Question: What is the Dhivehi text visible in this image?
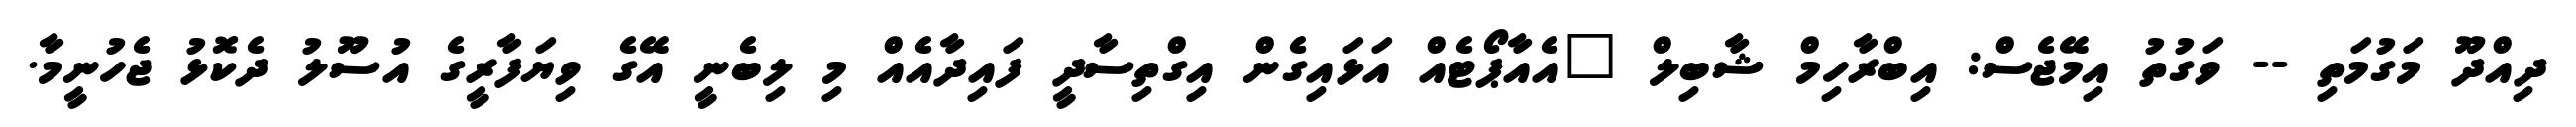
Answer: ދިއްދޫ މަގުމަތި -- ވަގުތު އިމޭޖެސް: އިބްރާހިމް ޝާބިލް "އެއާޕޯޓެއް އަޅައިގެން އިގްތިސާދީ ފައިދާއެއް މި ލިބެނީ އޭގެ ވިޔަފާރީގެ އުސޫލު ދެކޮޅު ޖެހުނީމާ.